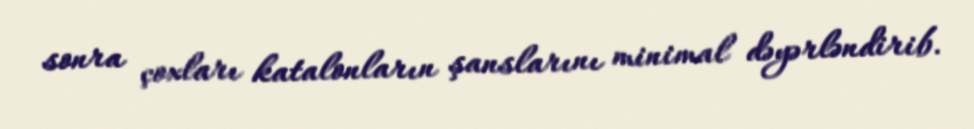
sonra çoxları katalonların şanslarını minimal dəyərləndirib.